Report on the working of the mental hospitals for Indians in Bihar and Orissa - 1925-1929
Year: 1925
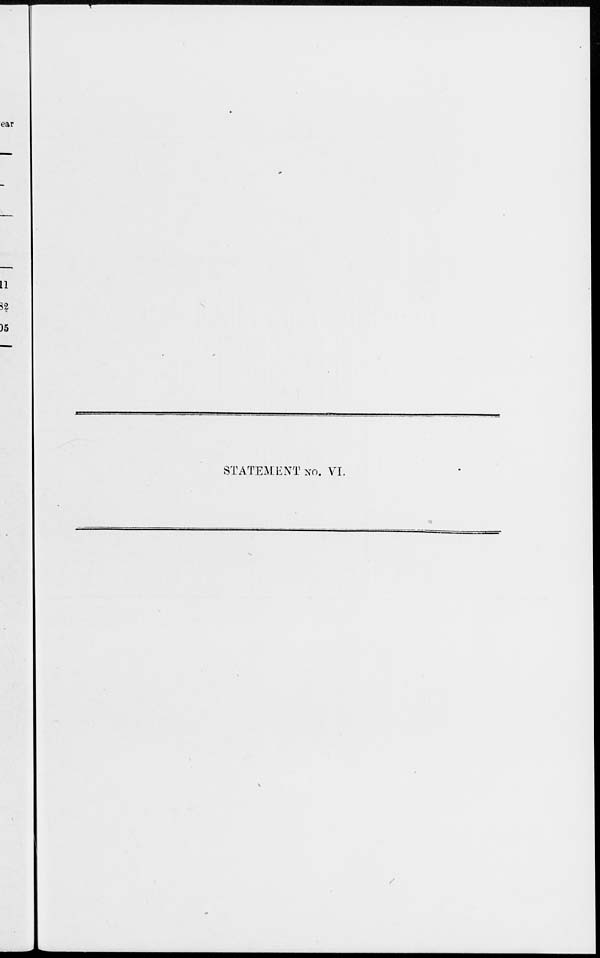
STATEMENT No. VI.